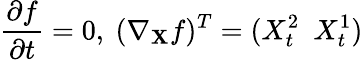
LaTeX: {\frac{\partial f}{\partial t}}=0,\ (\nabla_{\mathbf{X}}f)^{T}=(X_{t}^{2}\ \ X_{t}^{1})